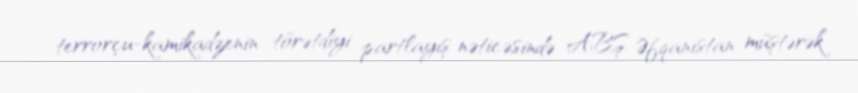
terrorçu-kamikadzenin törətdiyi partlayış nəticəsində ABŞ-Əfqanıstan müştərək